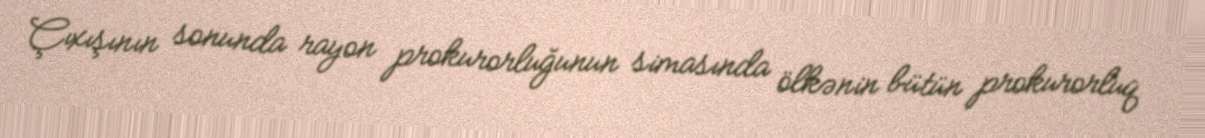
Çıxışının sonunda rayon prokurorluğunun simasında ölkənin bütün prokurorluq